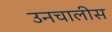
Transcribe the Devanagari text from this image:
उनचालीस